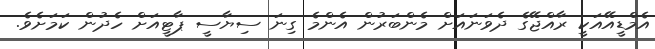
އެމްޑީއޭއަކީ ރާއްޖޭގެ ދެވަނައަށް މެންބަރުން އެންމެ ގިނަ ސިޔާސީ ޕާޓީއަށް ހެދުން ކަމަށެވެ.